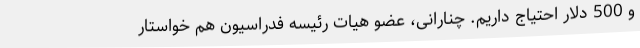
و 500 دلار احتیاج داریم‌. چنارانی، عضو هیات رئیسه فدراسیون هم خواستار